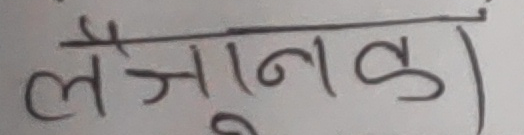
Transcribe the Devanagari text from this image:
लैजानड़